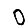
Digit: 0